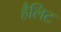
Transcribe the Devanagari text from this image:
हैलिट